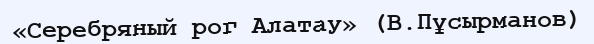
«Серебряный рог Алатау» (В.Пұсырманов)